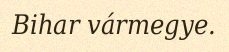
Bihar vármegye.